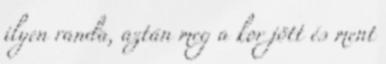
ilyen randa, aztán meg a kor jött és ment